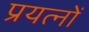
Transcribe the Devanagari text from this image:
प्रयत्‍नों